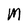
Character: M